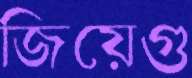
জিয়েগু